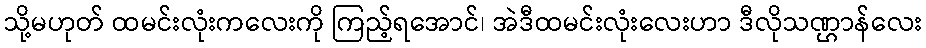
သို့မဟုတ် ထမင်းလုံးကလေးကို ကြည့်ရအောင်၊ အဲဒီထမင်းလုံးလေးဟာ ဒီလိုသဏ္ဌာန်လေး